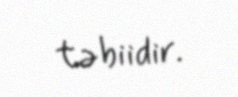
təbiidir.